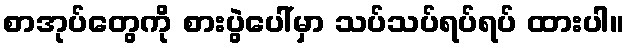
စာအုပ်တွေကို စားပွဲပေါ်မှာ သပ်သပ်ရပ်ရပ် ထားပါ။